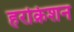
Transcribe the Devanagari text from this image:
हरक्रिशन